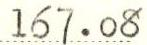
167.08